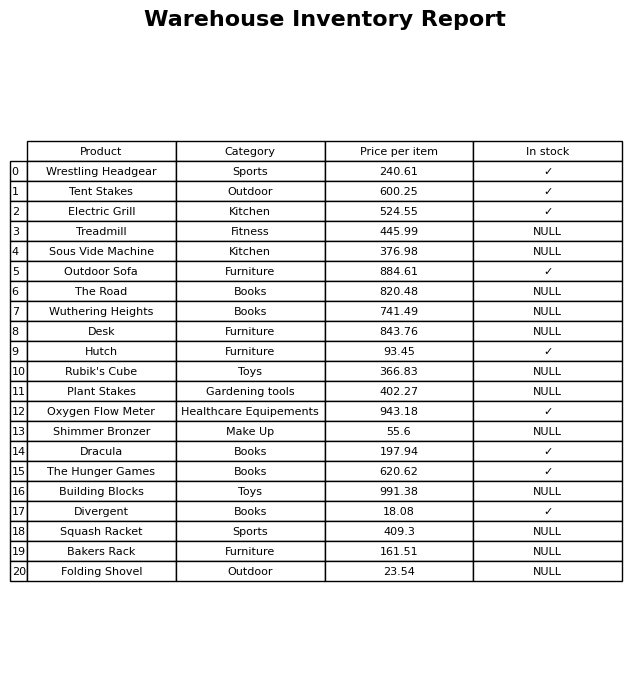
question: What is the stock status of the Wuthering Heights?
answer: NULL